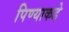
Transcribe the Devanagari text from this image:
पिण्याकडे